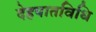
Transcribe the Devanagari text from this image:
देहपातविधि